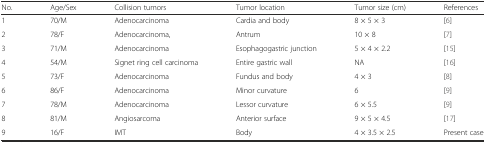
| No. | Age/Sex | Collision tumors | Tumor location | Tumor size (cm) | References |
 | --- | --- | --- | --- | --- | --- |
 | 1 | 70/M | Adenocarcinoma | Cardia and body | 8 × 5 × 3 | [6] |
 | 2 | 78/F | Adenocarcinoma, | Antrum | 10 × 8 | [7] |
 | 3 | 71/M | Adenocarcinoma | Esophagogastric junction | 5 × 4 × 2.2 | [15] |
 | 4 | 54/M | Signet ring cell carcinoma | Entire gastric wall | NA | [16] |
 | 5 | 73/F | Adenocarcinoma | Fundus and body | 4 × 3 | [8] |
 | 6 | 86/F | Adenocarcinoma | Minor curvature | 6 | [9] |
 | 7 | 78/M | Adenocarcinoma | Lessor curvature | 6 × 5.5 | [9] |
 | 8 | 81/M | Angiosarcoma | Anterior surface | 9 × 5 × 4.5 | [17] |
 | 9 | 16/F | IMT | Body | 4 × 3.5 × 2.5 | Present case |